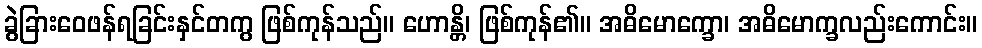
ခွဲခြားဝေဖန်ရခြင်းနှင်တကွ ဖြစ်ကုန်သည်။ ဟောန္တိ၊ ဖြစ်ကုန်၏။ အဓိမောက္ခော၊ အဓိမောက္ခလည်းကောင်း။